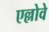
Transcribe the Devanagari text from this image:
एल्लोवे